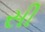
સી